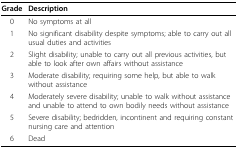
| Grade | Description |
 | --- | --- |
 | 0 | No symptoms at all |
 | 1 | No significant disability despite symptoms; able to carry out all usual duties and activities |
 | 2 | Slight disability; unable to carry out all previous activities, but able to look after own affairs without assistance |
 | 3 | Moderate disability; requiring some help, but able to walk without assistance |
 | 4 | Moderately severe disability; unable to walk without assistance and unable to attend to own bodily needs without assistance |
 | 5 | Severe disability; bedridden, incontinent and requiring constant nursing care and attention |
 | 6 | Dead |